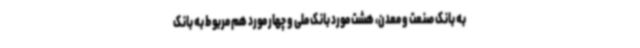
به بانک صنعت و معدن، هشت مورد بانک ملی و چهار مورد هم مربوط به بانک